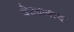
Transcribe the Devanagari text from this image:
देउळगाव